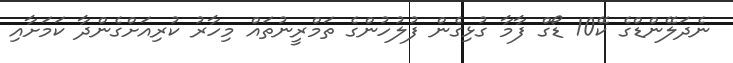
ނެދަލޭންޑްގެ ކޭ10 ޑޯގް ފާމާ ގުޅިގެން ފުލުހުންގެ ތަމްރީނުތައް މިހާރު ކުރިއަށްގެންދާ ކަމަށާއި